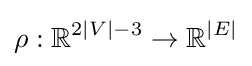
\rho :\mathbb {R} ^{2|V|-3}\rightarrow \mathbb {R} ^{|E|}